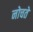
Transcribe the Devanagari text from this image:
नोचते